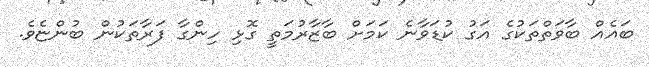
ބައެއް ބާވަތްތަކުގެ އަގު ކުޑަވާނެ ކަމަށް ބާޒާރުމަތީ ގޮޅި ހިންގާ ފަރާތަކުން ބުންޏެވެ.